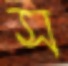
স